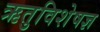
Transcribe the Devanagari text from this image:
ऋतुविशेषज्ञ